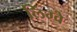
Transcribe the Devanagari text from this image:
लिंग्वे